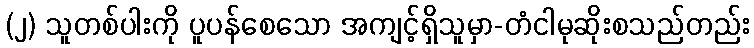
(၂) သူတစ်ပါးကို ပူပန်စေသော အကျင့်ရှိသူမှာ-တံငါမုဆိုးစသည်တည်း